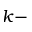
k -